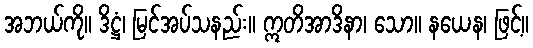
အဘယ်ကို။ ဒိဋ္ဌံ၊ မြင်အပ်သနည်း။ ဣတိအာဒိနာ၊ သော။ နယေန၊ ဖြင့်။